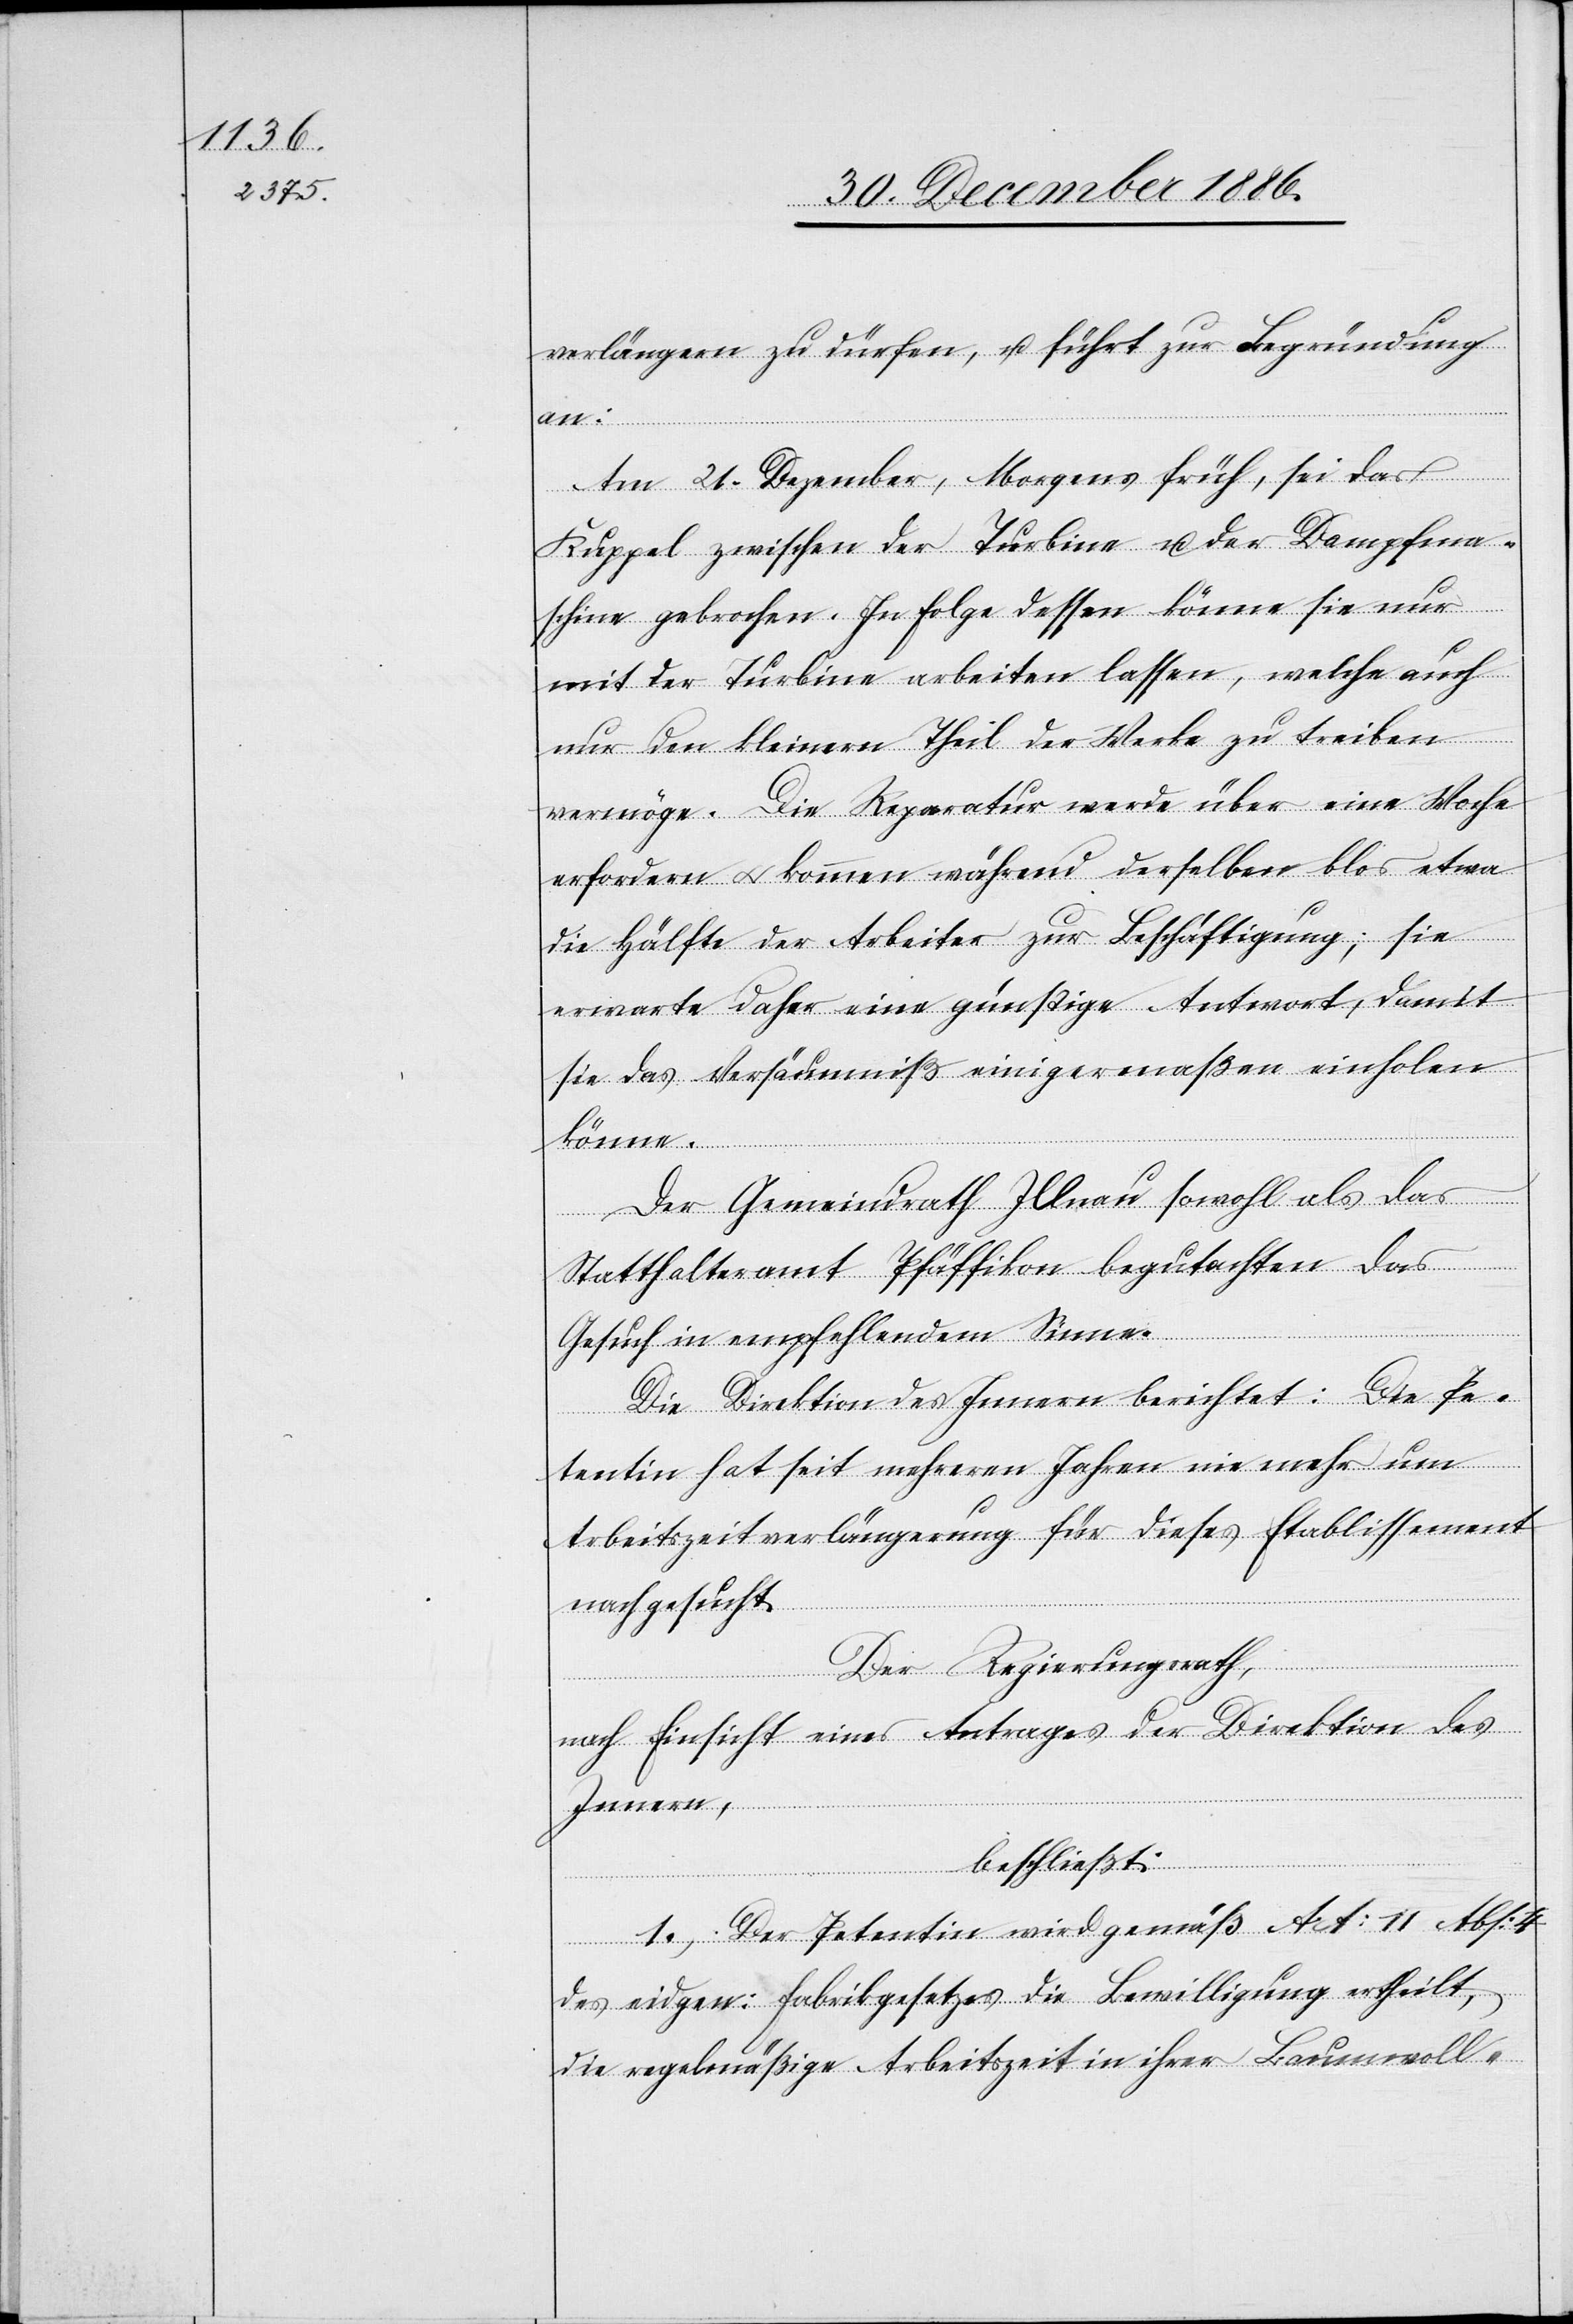
verlängern zu dürfen, u. führt zur Begründung
an:
Am 21. Dezember, Morgens früh, sei das
Kuppel zwischen der Turbine u. der Dampfma¬
schine gebrochen. In Folge dessen könne sie nur
mit der Turbine arbeiten lassen, welche auch
nur den kleinern Theil der Werke zu treiben
vermöge. Die Reparatur werde über eine Woche
erfordern & kommen während derselben blos etwa
die Hälfte der Arbeiter zur Beschäftigung; sie
erwarte daher eine günstige Antwort, damit
sie das Versäumniß einigermaßen einholen
könne.
Der Gemeindrath Illnau sowohl als das
Statthalteramt Pfäffikon begutachten das
Gesuch in empfehlendem Sinne.
Die Direktion des Innern berichtet: Die Pe¬
tentin hat seit mehreren Jahren nie mehr um
Arbeitszeitverlängerung für dieses Etablissement
nachgesucht.
Der Regierungsrath,
nach Einsicht eines Antrages der Direktion des
Innern,
beschließt:
1.) Der Petentin wird gemäß Art: 11 Abs: 4
des eidgen: Fabrikgesetzes die Bewilligung ertheilt,
die regelmäßige Arbeitszeit in ihrer Baumwoll-